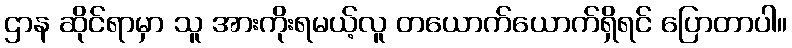
ဌာန ဆိုင်ရာမှာ သူ အားကိုးရမယ့်လူ တယောက်ယောက်ရှိရင် ပြောတာပါ။